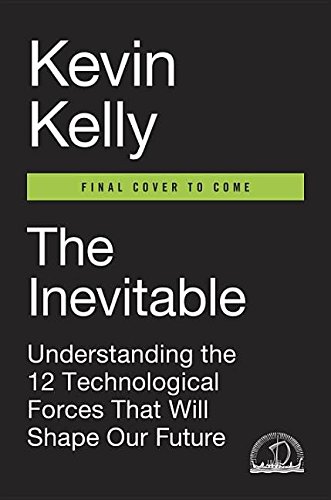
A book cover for The Inevitable: Understanding the 12 Technological Forces That Will Shape Our Future; Kevin Kelly; Business & Money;